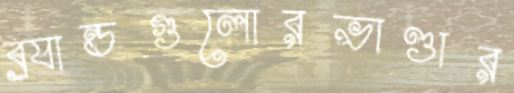
ব্র্যান্ডগুলোরভাণ্ডার